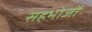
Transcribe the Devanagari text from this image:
सहभोजों